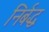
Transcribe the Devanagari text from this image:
निर्बद्ध